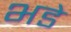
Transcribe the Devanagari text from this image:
भडे